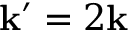
\mathbf { k } ^ { \prime } = 2 \mathbf { k }